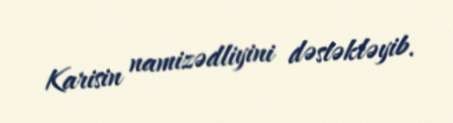
Karisin namizədliyini dəstəkləyib.